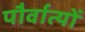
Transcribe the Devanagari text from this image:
पौर्वात्यों